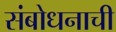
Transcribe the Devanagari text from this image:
संबोधनाची